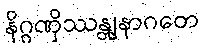
နိဂ္ဂဏှိဿန္တျနာဂတေ